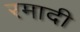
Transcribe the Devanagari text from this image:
रमादी